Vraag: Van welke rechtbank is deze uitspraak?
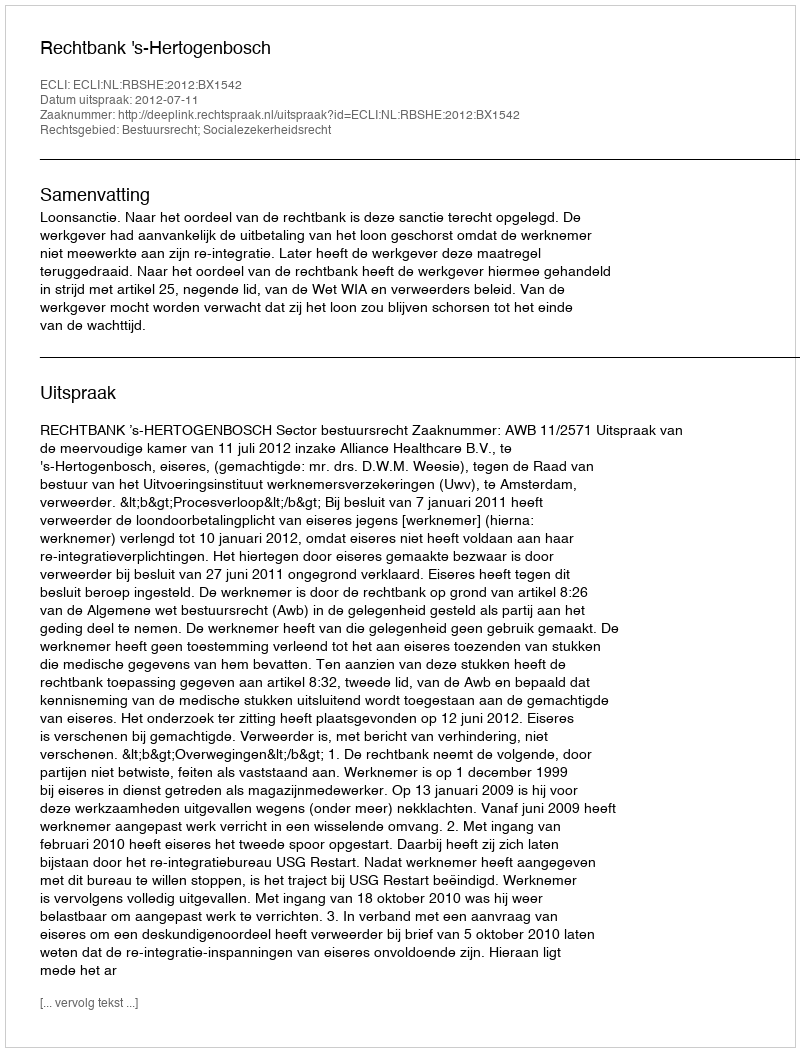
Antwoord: Rechtbank 's-Hertogenbosch